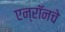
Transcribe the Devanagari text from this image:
एन्रॉनचे